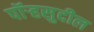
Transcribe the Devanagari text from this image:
पॉर्‍हसुदील